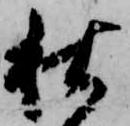
秋